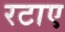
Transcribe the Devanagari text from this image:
रटाए